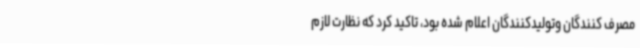
مصرف کنندگان وتولیدکنندگان اعلام شده بود، تاکید کرد که نظارت لازم